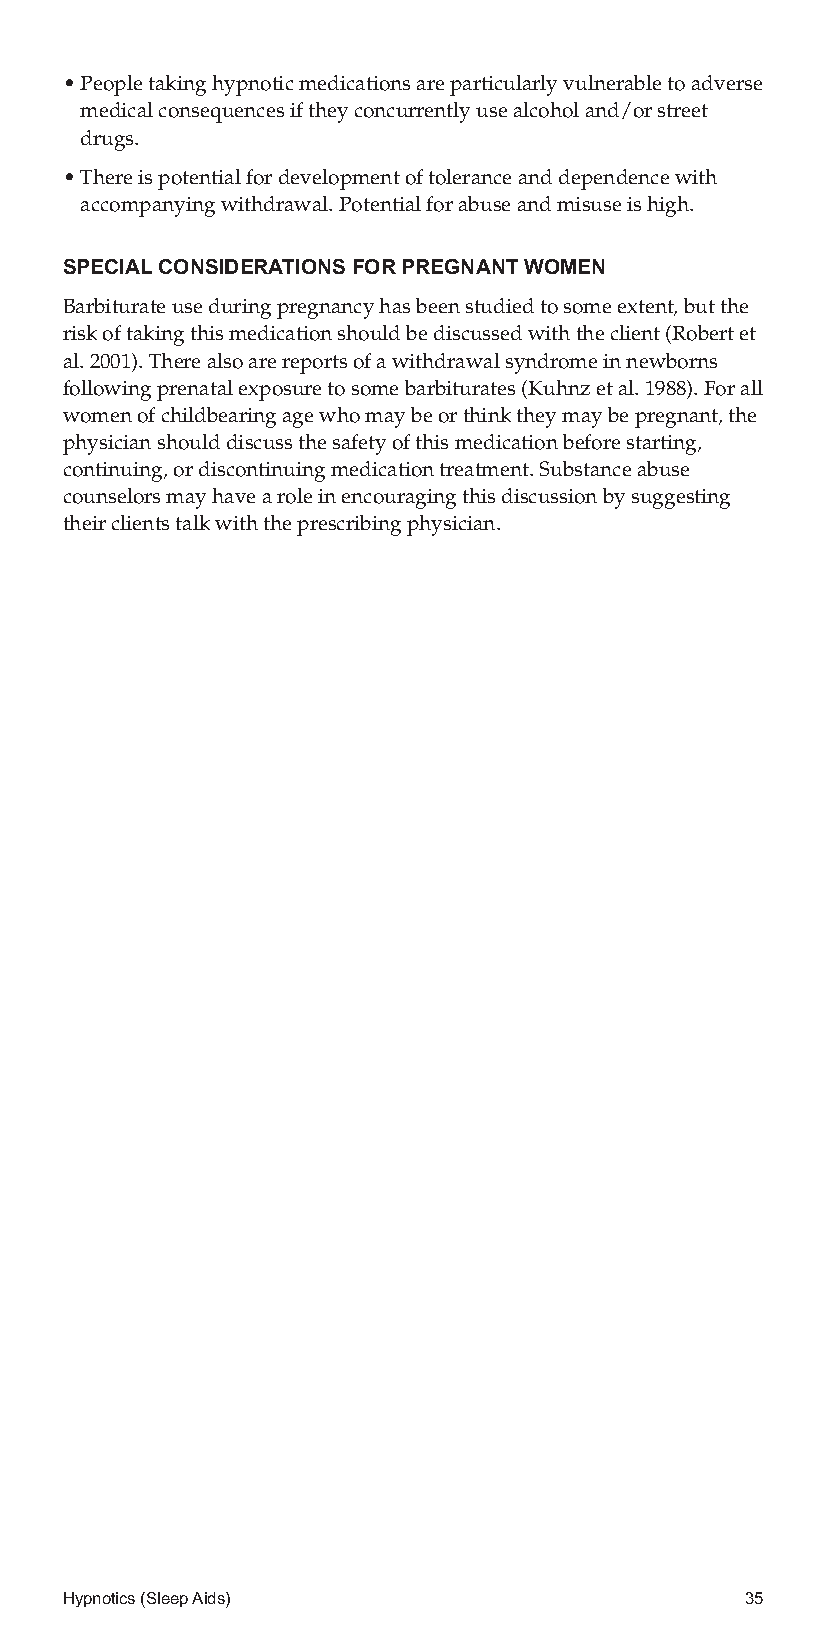
•Peopletakinghypnoticmedicationsareparticularlyvulnerabletoadverse
 medicalconsequencesiftheyconcurrentlyusealcoholand/orstreet
 drugs.
 •Thereispotentialfordevelopmentoftoleranceanddependencewith
 accompanyingwithdrawal.Potentialforabuseandmisuseishigh.
 SPECIALCONSIDERATIONSFORPREGNANTWOMEN
 Barbiturateuseduringpregnancyhasbeenstudiedtosomeextent,butthe
 riskoftakingthismedicationshouldbediscussedwiththeclient(Robertet
 al.2001).Therealsoarereportsofawithdrawalsyndromeinnewborns
 followingprenatalexposuretosomebarbiturates(Kuhnzetal.1988).Forall
 womenofchildbearingagewhomaybeorthinktheymaybepregnant,the
 physicianshoulddiscussthesafetyofthismedicationbeforestarting,
 continuing,ordiscontinuingmedicationtreatment.Substanceabuse
 counselorsmayhavearoleinencouragingthisdiscussionbysuggesting
 theirclientstalkwiththeprescribingphysician.
 Hypnotics(SleepAids)                         35